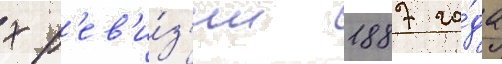
х р'ев'и́з'ии 1887 го́да